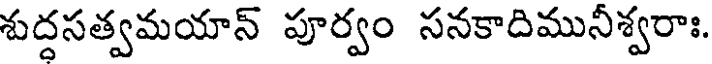
శుద్దసత్వమయాన్ పూర్వం సనకాదిమునీశ్వరాః.